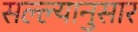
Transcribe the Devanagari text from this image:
सल्ल्‍यानुसार